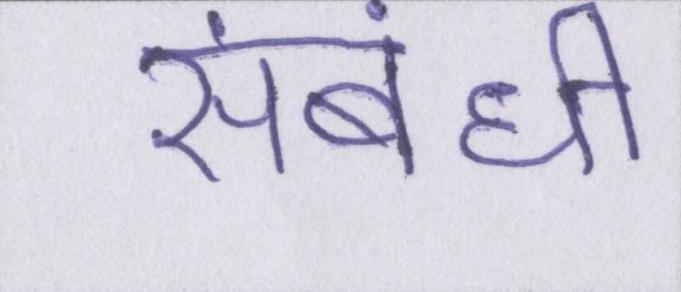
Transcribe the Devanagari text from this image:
संबंधी